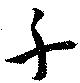
千